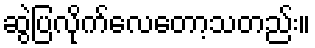
ဆွဲပြလိုက်လေတော့သတည်း။